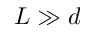
L \gg d